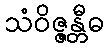
သံဝိဇ္ဇန္တီဓ